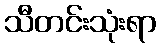
သီတင်းသုံးရာ